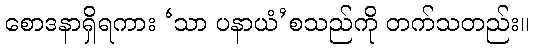
စောဒနာရှိရကား ‘သာ ပနာယံ’စသည်ကို တက်သတည်း။